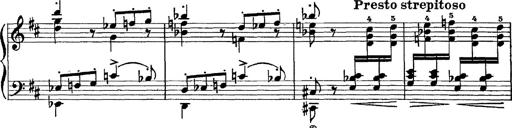
Title: Scherzo und Marsch
Composer: Franz Liszt